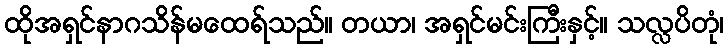
ထိုအရှင်နာဂသိန်မထေရ်သည်။ တယာ၊ အရှင်မင်းကြီးနှင့်။ သလ္လပိတုံ၊